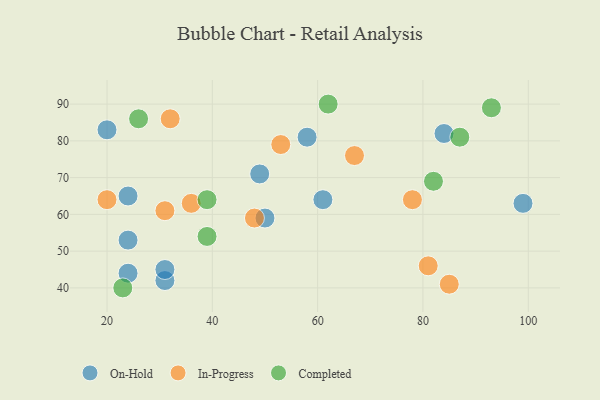
{"axis": {"x": "GDP", "y": "Life Expectancy"}, "legend": ["Completed", "In-Progress", "On-Hold"], "data": [{"x": "24", "y": 53, "type": "On-Hold"}, {"x": "61", "y": 64, "type": "On-Hold"}, {"x": "31", "y": 42, "type": "On-Hold"}, {"x": "99", "y": 63, "type": "On-Hold"}, {"x": "20", "y": 83, "type": "On-Hold"}, {"x": "24", "y": 65, "type": "On-Hold"}, {"x": "31", "y": 45, "type": "On-Hold"}, {"x": "24", "y": 44, "type": "On-Hold"}, {"x": "84", "y": 82, "type": "On-Hold"}, {"x": "58", "y": 81, "type": "On-Hold"}, {"x": "49", "y": 71, "type": "On-Hold"}, {"x": "50", "y": 59, "type": "On-Hold"}, {"x": "48", "y": 59, "type": "In-Progress"}, {"x": "53", "y": 79, "type": "In-Progress"}, {"x": "20", "y": 64, "type": "In-Progress"}, {"x": "81", "y": 46, "type": "In-Progress"}, {"x": "32", "y": 86, "type": "In-Progress"}, {"x": "36", "y": 63, "type": "In-Progress"}, {"x": "78", "y": 64, "type": "In-Progress"}, {"x": "85", "y": 41, "type": "In-Progress"}, {"x": "31", "y": 61, "type": "In-Progress"}, {"x": "67", "y": 76, "type": "In-Progress"}, {"x": "93", "y": 89, "type": "Completed"}, {"x": "26", "y": 86, "type": "Completed"}, {"x": "87", "y": 81, "type": "Completed"}, {"x": "39", "y": 64, "type": "Completed"}, {"x": "62", "y": 90, "type": "Completed"}, {"x": "39", "y": 54, "type": "Completed"}, {"x": "23", "y": 40, "type": "Completed"}, {"x": "82", "y": 69, "type": "Completed"}]}